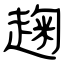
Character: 趜